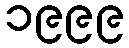
၁၉၉၉